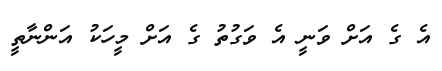
އެ ގެ އަށް ވަނީ އެ ވަގުތު ގެ އަށް މީހަކު އަންނާތީ